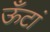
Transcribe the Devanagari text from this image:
ऊँटां